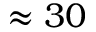
\approx 3 0